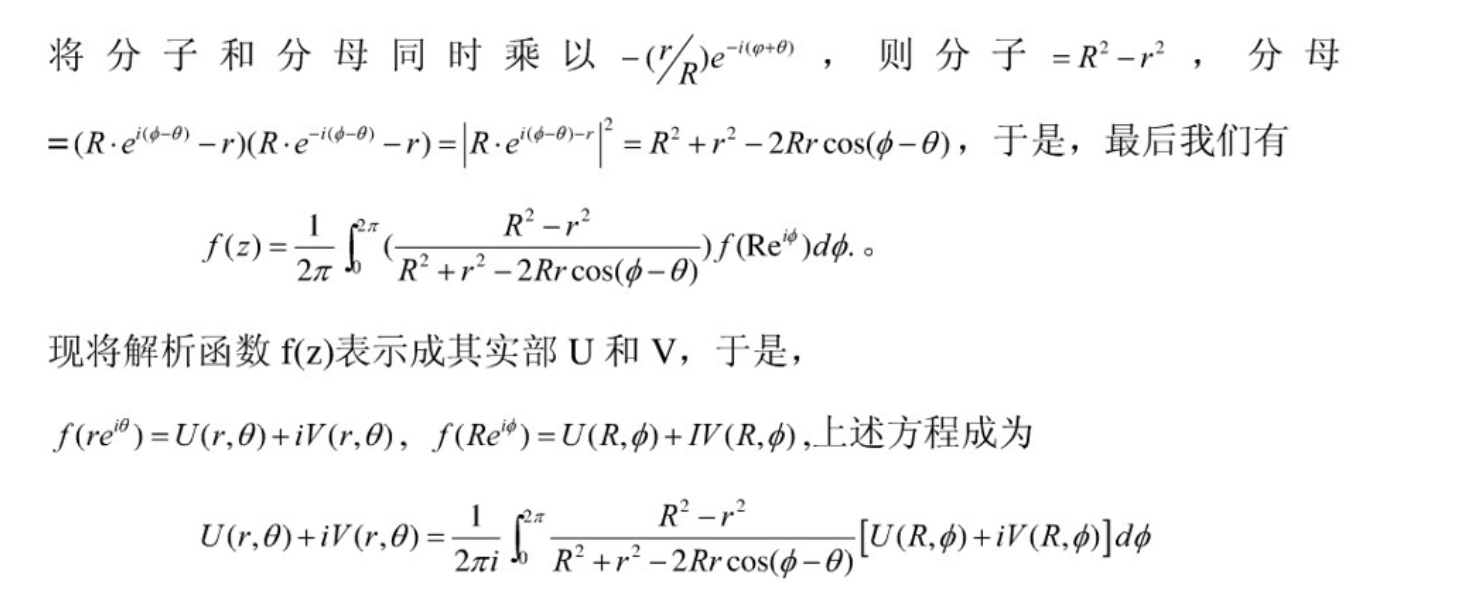
将分子和分母同时乘以\(-(\frac{r}{R})e^{-i(\varphi + \theta)}\)，则分子\(=R^{2}-r^{2}\)，分母
\(=(R\cdot e^{i(\phi - \theta)}-r)(R\cdot e^{-i(\phi - \theta)}-r)=\left|R\cdot e^{i(\phi - \theta)}-r\right|^{2}=R^{2}+r^{2}-2Rr\cos(\phi - \theta)\)，于是，最后我们有

\[
f(z)=\frac{1}{2\pi}\int_{0}^{2\pi}(\frac{R^{2}-r^{2}}{R^{2}+r^{2}-2Rr\cos(\phi - \theta)})f(Re^{i\phi})d\phi 。
\]

现将解析函数\(f(z)\)表示成其实部\(U\)和\(V\)，于是，
\(f(re^{i\theta}) = U(r,\theta)+iV(r,\theta)\)，\(f(Re^{i\phi}) = U(R,\phi)+iV(R,\phi)\)，上述方程成为

\[
U(r,\theta)+iV(r,\theta)=\frac{1}{2\pi i}\int_{0}^{2\pi}\frac{R^{2}-r^{2}}{R^{2}+r^{2}-2Rr\cos(\phi - \theta)}[U(R,\phi)+iV(R,\phi)]d\phi
\]